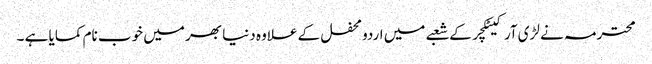
محترمہ نے لڑی آرکیٹکچر کے شعبے میں اردو محفل کے علاوہ دنیا بھر میں خوب نام کمایا ہے ۔